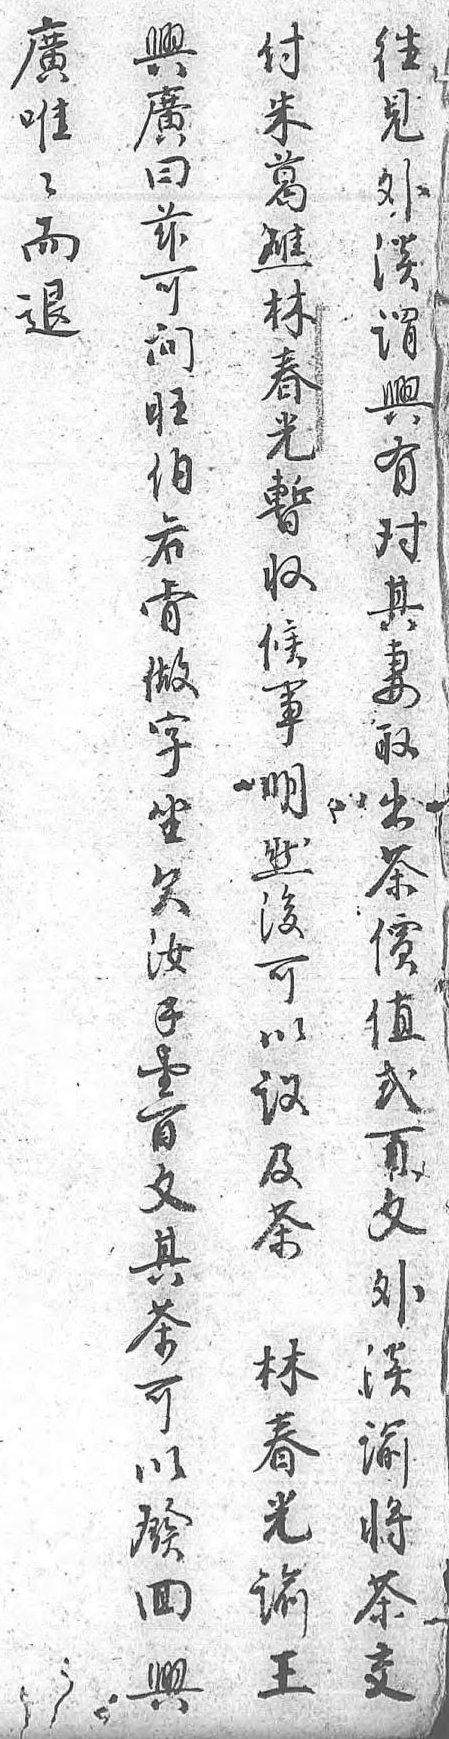
廣付往興唯朱見廣唯葛外曰而礁澹兹退林謂可 春興問 光有旺 暫對伯 收其若 候妻肯 事取做 明出字 然茶坐 後價欠 可值汝 以貳錢 議百壹 及文百 茶外文  澹其 林諭茶 春將可 光茶以 諭交發 王 回   興